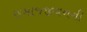
સમાજજીવનની